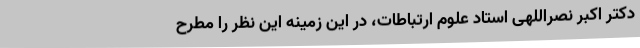
دکتر اکبر نصراللهی استاد علوم ارتباطات، در این زمینه این نظر را مطرح